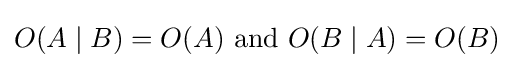
O(A\mid B)=O(A){\text{ and }}O(B\mid A)=O(B)